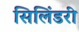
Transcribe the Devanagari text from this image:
सिलिंडरी